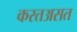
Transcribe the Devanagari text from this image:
करतअसत